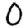
Digit: 0